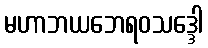
မဟာဘယဘေရဝသဒ္ဒေါ